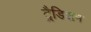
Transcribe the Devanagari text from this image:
ट्रैडिशन